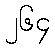
၂၆၄